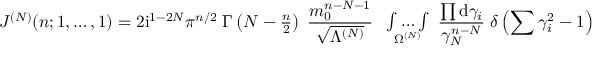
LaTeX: J ^ { ( N ) } ( n ; 1 , \ldots , 1 ) = 2 \mathrm { i } ^ { 1 - 2 N } \pi ^ { n / 2 } \; \Gamma \left( N - { \textstyle { \frac { n } { 2 } } } \right) \; \frac { m _ { 0 } ^ { n - N - 1 } } { \sqrt { \Lambda ^ { ( N ) } } } \; \begin{array} { c } { { { } } } \\ { { \int \ldots \int } } \\ { { { } ^ { \Omega ^ { ( N ) } } } } \end{array} \frac { \prod \mathrm { d } \gamma _ { i } } { \gamma _ { N } ^ { n - N } } \; \delta \left( \sum \gamma _ { i } ^ { 2 } - 1 \right) ,